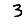
Digit: 3